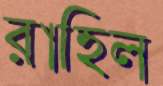
রাহিল